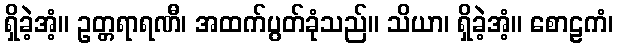
ရှိခဲ့အံ့။ ဥတ္တရာရဏီ၊ အထက်ပွတ်ခုံသည်။ သိယာ၊ ရှိခဲ့အံ့။ စောဠကံ၊